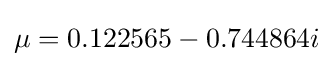
\mu =0.122565-0.744864i